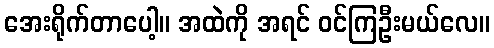
အေးရိုက်တာပေါ့။ အထဲကို အရင် ဝင်ကြဦးမယ်လေ။